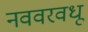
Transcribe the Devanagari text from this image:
नववरवधू